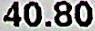
40.80